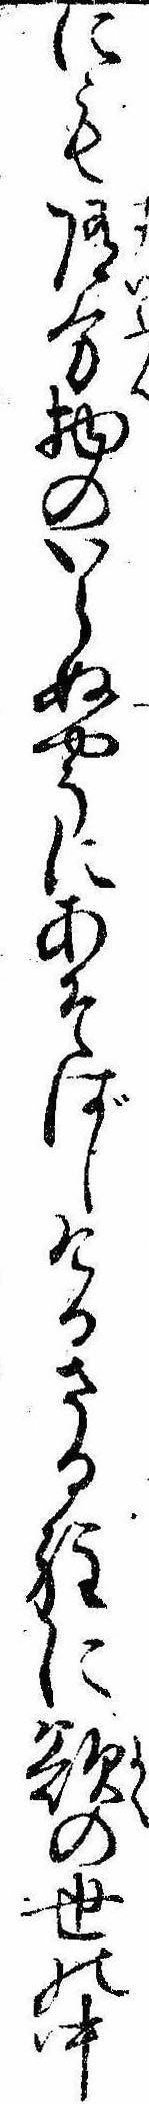
にも随分物のいらぬやうにあそばしけるさる程に欲の世の中